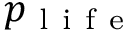
p _ { \mathrm { ~ l ~ i ~ f ~ e ~ } }